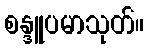
စန္ဒူပမာသုတ်။